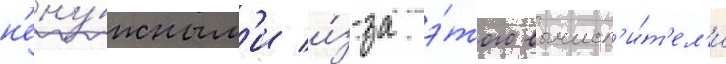
н'ену́жным'и и́з-за э́того вычисл'и́т'ел'и